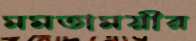
মমতাময়ীর